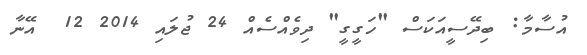
އުސާމާ: ބިދޭސީއަކަސް "ހަގީގީ" ދިވެއްސެއް 24 ޖުލައި 2014 12  އޭނާ